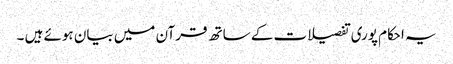
یہ احکام پوری تفصیلات کے ساتھ قرآن میں بیان ہوئے ہیں ۔